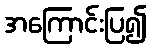
အကြောင်းပြ၍